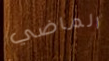
الماضي